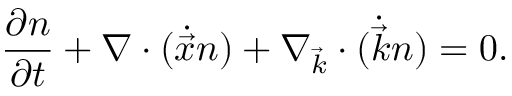
\frac { \partial n } { \partial t } + \nabla \cdot ( \dot { \vec { x } } n ) + \nabla _ { \vec { k } } \cdot ( \dot { \vec { k } } n ) = 0 .